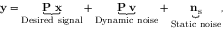
\begin{array} { r } { { \bf { y } } = \underbrace { { \bf { P } } { \bf \Theta } { \bf { x } } } _ { \mathrm { D e s i r e d ~ s i g n a l } } + \underbrace { { \bf { P } } { \bf \Theta } { \bf { v } } } _ { \mathrm { D y n a m i c ~ n o i s e } } + \underbrace { { { \bf { n } } _ { \mathrm { s } } } } _ { \mathrm { S t a t i c ~ n o i s e } } , } \end{array}